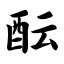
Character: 酝